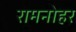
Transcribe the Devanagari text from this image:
रामनोहर